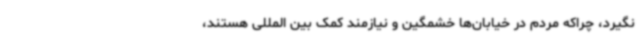
نگیرد، چراکه مردم در خیابان‌ها خشمگین و نیازمند کمک بین المللی هستند،